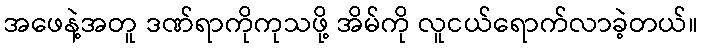
အဖေနဲ့အတူ ဒဏ်ရာကိုကုသဖို့ အိမ်ကို လူငယ်ရောက်လာခဲ့တယ်။